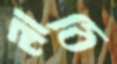
লাঠি